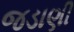
જડાણી